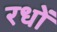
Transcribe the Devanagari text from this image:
रधों